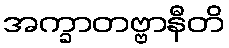
အက္ခာတဗ္ဗာနီတိ